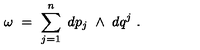
\omega \ = \ \sum _ { j = 1 } ^ { n } \ d p _ { j } \ \wedge \ d q ^ { j } \ .